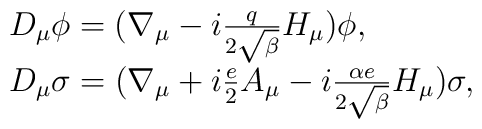
\begin{array}{ll}D_{\mu}\phi = (\nabla_{\mu} - i \frac{q}{2\sqrt{\beta}} H_{\mu})\phi, \\D_{\mu}\sigma  = (\nabla_{\mu} + i \frac{e}{2} A_{\mu} -i \frac{\alpha e}{2 \sqrt{\beta} } H_{\mu}) \sigma,\end{array}